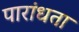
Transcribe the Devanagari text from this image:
पारांधता